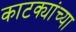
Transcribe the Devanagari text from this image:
काटक्यांच्या